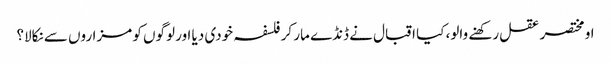
او مختصر عقل رکھنے والو، کیا اقبال نے ڈنڈے مار کر فلسفہ خودی دیا اور لوگوں کو مزاروں سے نکالا؟